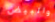
والبيض